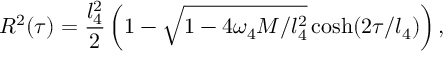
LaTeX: R ^ { 2 } ( \tau ) = \frac { l _ { 4 } ^ { 2 } } { 2 } \left( 1 - \sqrt { 1 - 4 \omega _ { 4 } M / l _ { 4 } ^ { 2 } } \cosh ( 2 \tau / l _ { 4 } ) \right) ,